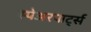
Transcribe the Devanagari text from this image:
स्पेअरपार्ट्स